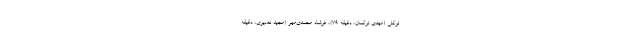
توکلی (مهدی ترکمان، دقیقه ۷۹)، فرشاد محمدی‌مهر (مجید نصیری، دقیقه